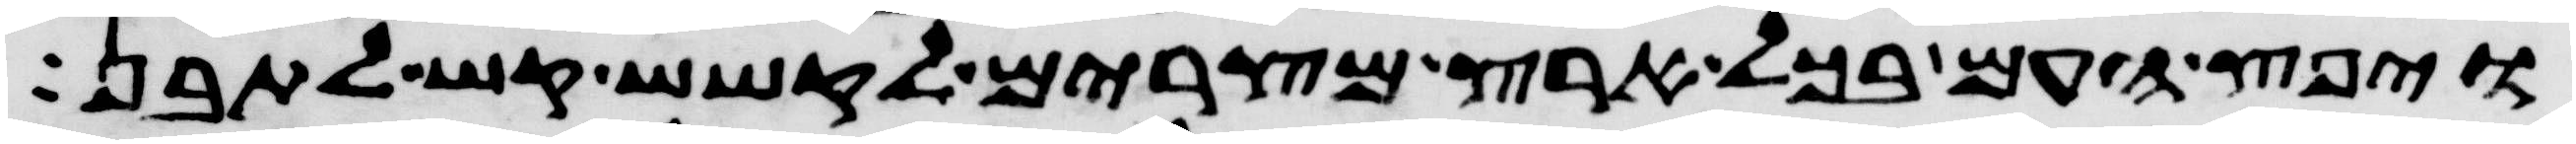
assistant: ויפץ העם בכל ארץ מצרים לקשש קש לתבן